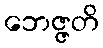
ဘေဇ္ဇတိ